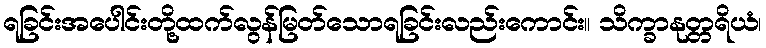
ရခြင်းအပေါင်းတို့ထက်လွန်မြတ်သောရခြင်းလည်းကောင်း။ သိက္ခာနုတ္တရိယံ၊